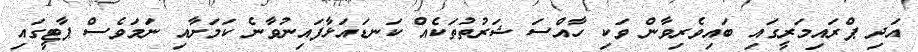
އަދި ޕްރައިމަރީގައި ބައިވެރިވާން ވަކި ހާއްސަ ޝަރުތުތަކެއް ކަނޑައަޅާފައިނުވާނެ ކަމަށާއި ނަމަވެސް ޕާޓީގައި